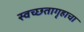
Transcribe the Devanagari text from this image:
स्वच्छतागृहाचा